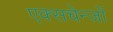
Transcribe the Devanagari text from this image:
एक्सचेन्जों